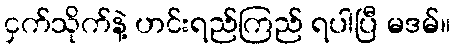
ငှက်သိုက်နဲ့ ဟင်းရည်ကြည် ရပါပြီ မဒမ်။